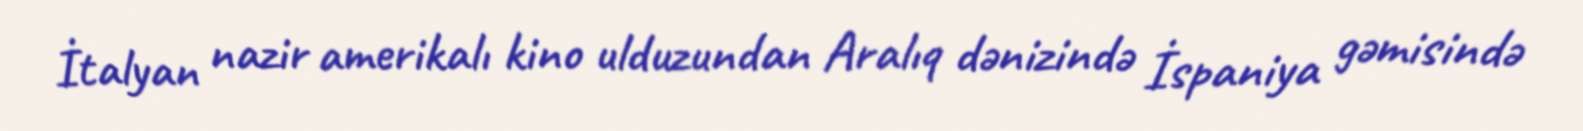
İtalyan nazir amerikalı kino ulduzundan Aralıq dənizində İspaniya gəmisində